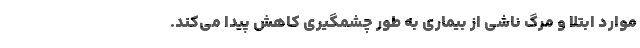
موارد ابتلا و مرگ ناشی از بیماری به طور چشمگیری کاهش پیدا می‌کند.